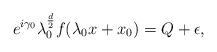
\begin{align*}e^{i\gamma_{0}}\lambda_{0}^{\frac{d}{2}}f(\lambda_{0} x+x_{0})=Q+\epsilon,\end{align*}